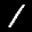
Label: 1